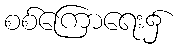
စစ်ကြောရေး၌